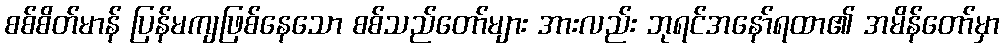
စစ်စိတ်မာန် ပြန်မကျဖြစ်နေသော စစ်သည်တော်များ အားလည်း ဘုရင်အနော်ရထာ၏ အမိန်တော်မှာ